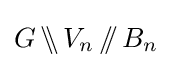
G\,\backslash \!\!\backslash \,V_{n}\,/\!\!/\,B_{n}